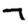
Digit: 7